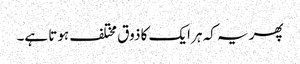
پھر یہ کہ ہر ایک کا ذوق مختلف ہوتا ہے۔